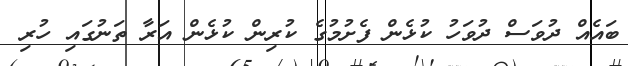
ބައެއް ދުވަސް ދުވަހު ކުޅެން ފެށުމުގެ ކުރިން ކުޅެން އަރާ ތަނުގައި ހުރި